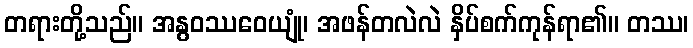
တရားတို့သည်။ အနွဝဿဝေယျုံ၊ အဖန်တလဲလဲ နှိပ်စက်ကုန်ရာ၏။ တဿ၊